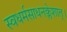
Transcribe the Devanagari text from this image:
स्वधर्मसाधनक्लेशात्‌।